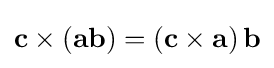
\mathbf {c} \times \left(\mathbf {ab} \right)=\left(\mathbf {c} \times \mathbf {a} \right)\mathbf {b}